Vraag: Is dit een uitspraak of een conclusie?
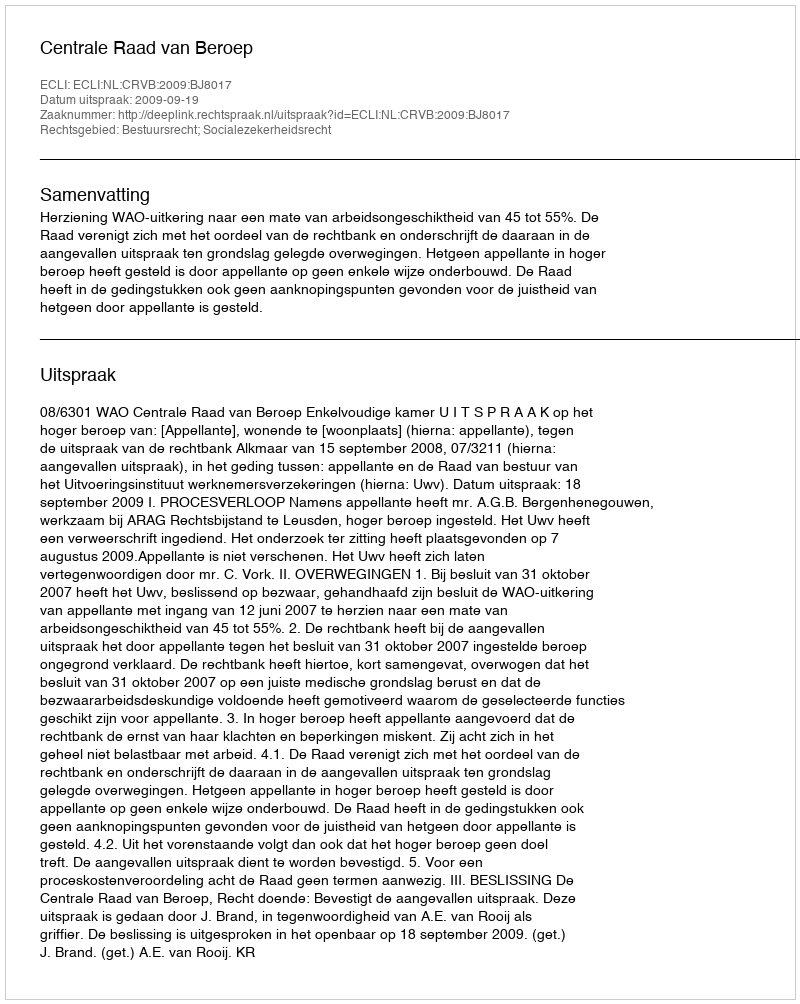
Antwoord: Uitspraak